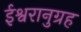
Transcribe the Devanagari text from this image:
ईश्वरानुग्रह